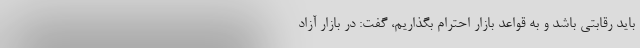
باید رقابتی باشد و به قواعد بازار احترام بگذاریم، گفت: در بازار آزاد